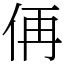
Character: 侢